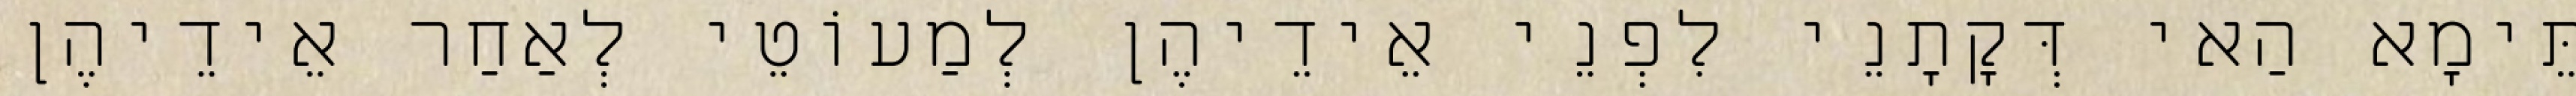
תֵּימָא הַאי דְּקָתָנֵי לִפְנֵי אֵידֵיהֶן לְמַעוֹטֵי לְאַחַר אֵידֵיהֶן